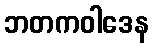
ဘတကဝါဒေန